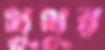
থুথুর